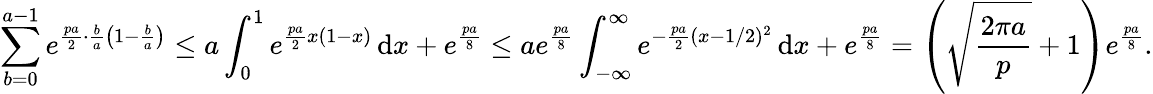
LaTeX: \sum_{b=0}^{a-1}e^{\frac{pa}{2}\cdot\frac{b}{a}\left(1-\frac{b}{a}\right)}\le a\int_{0}^{1}e^{\frac{pa}{2}x(1-x)}\, \mathrm{d}x+e^{\frac{pa}{8}}\le ae^{\frac{pa}{8}}\int_{-\infty}^{\infty}e^{-\frac{pa}{2}(x-1/2)^{2}}\, \mathrm{d}x+e^{\frac{pa}{8}}=\left(\sqrt{\frac{2\pi a}{p}}+1\right)e^{\frac{pa}{8}}.